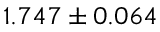
1 . 7 4 7 \pm 0 . 0 6 4